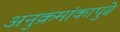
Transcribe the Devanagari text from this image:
अनुक्रमांकापुढे